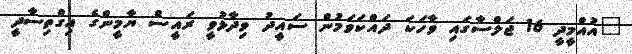
"އުއްމީދީ 16 ޖަލްސާގައި ވާހަކަ ދައްކަވަމުން ސައީދު ވިދާޅުވީ ރައީސް ޔާމީންގެ އިގްތިސާދީ